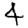
Digit: 4